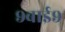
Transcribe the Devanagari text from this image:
९बाई९